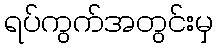
ရပ်ကွက်အတွင်းမှ